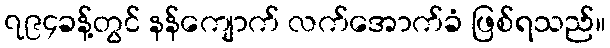
၇၉၄ခန့်တွင် နန်ကျောက် လက်အောက်ခံ ဖြစ်ရသည်။